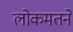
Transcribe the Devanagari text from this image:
लोकमतने